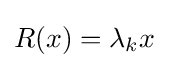
R(x)=\lambda _{k}x